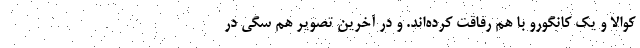
کوالا و یک کانگورو با هم رفاقت کرده‌اند. و در آخرین تصویر هم سگی در